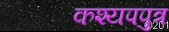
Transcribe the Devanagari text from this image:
कश्यपपुत्र